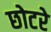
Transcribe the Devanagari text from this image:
छोटरे